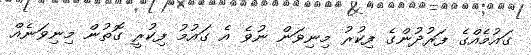
ގައުމެއްގެ ފަރުދުންގެ ފިކުރު މިނިވަން ނުވެ އެ ގައުމު ފިކުރީ ގޮތުން މިނިވަނެއް